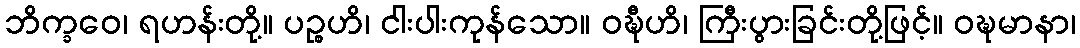
ဘိက္ခဝေ၊ ရဟန်းတို့။ ပဉ္စဟိ၊ ငါးပါးကုန်သော။ ဝဍ္ဎီဟိ၊ ကြီးပွားခြင်းတို့ဖြင့်။ ဝဍ္ဎမာနာ၊